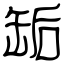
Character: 缿